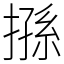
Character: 搎